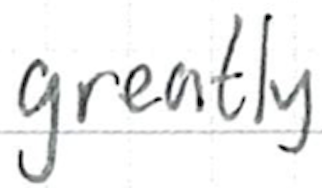
Text: greatly
Cross-out: clean
Writing tool: ballpoint